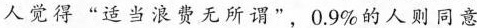
人觉得”适当浪费无所谓”，0.9\%的人则同意